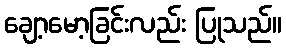
ချော့မော့ခြင်းလည်း ပြုသည်။